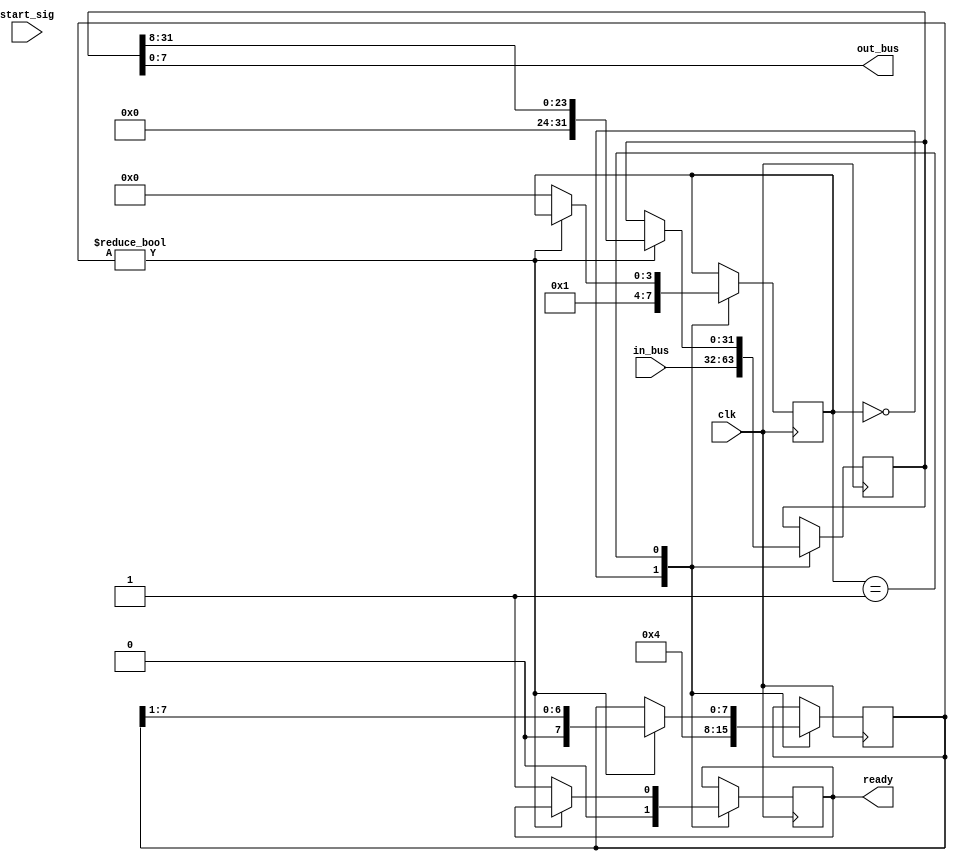
`timescale 1ns / 1ps

module mod_tx_commut
    #(
        parameter IN_WIDTH = 32,
        parameter OUT_WIDTH = 8,
        parameter NUMB_OF_SHIFTS = IN_WIDTH / OUT_WIDTH - 1
    )
(
    input clk,
    input start_sig,
    input [IN_WIDTH - 1:0] in_bus, 
    
    output [OUT_WIDTH - 1:0] out_bus,
    output reg ready = 0
);

reg [IN_WIDTH - 1:0] shft_reg;
reg [3:0] state = 0;
reg [7:0] len_of_bus = IN_WIDTH >> NUMB_OF_SHIFTS;

assign out_bus = shft_reg[OUT_WIDTH - 1:0];


    always@(posedge clk)
    begin
        case(state)
        0: 
            begin
                //if(start_sig)
                begin
                    len_of_bus <= IN_WIDTH >> NUMB_OF_SHIFTS;
                    shft_reg <= in_bus;
                    state <= 1;
                    ready <= 0;
                end
                //else state <= 0;
            end
        1:
            begin
                if(len_of_bus != 0)
                begin
                    shft_reg <= shft_reg >> OUT_WIDTH;
                    len_of_bus <= len_of_bus>> 1;
                end
                else 
                    begin  
                        state <= 0;
                        ready <= 1;
                    end
            end
        
        endcase
        
    end

endmodule